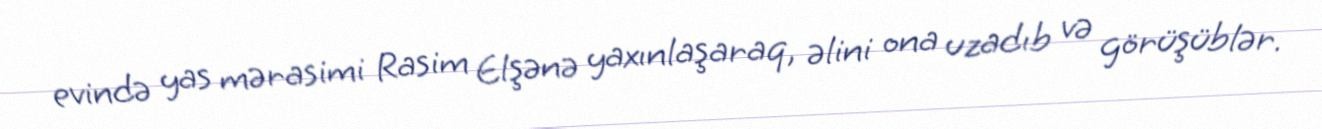
evində yas mərasimi Rasim Elşənə yaxınlaşaraq, əlini ona uzadıb və görüşüblər.